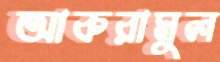
আকরামুল